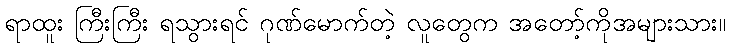
ရာထူး ကြီးကြီး ရသွားရင် ဂုဏ်မောက်တဲ့ လူတွေက အတော့်ကိုအများသား။